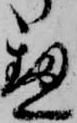
へ